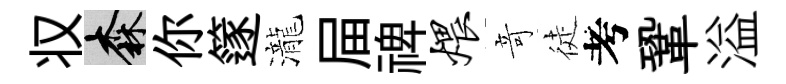
𠬧森你篴瀧屇禆煨竒徒考鞏溢